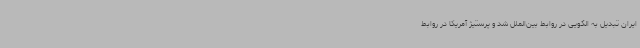
ایران تبدیل به الگویی در روابط بین‌الملل شد و پرستیژ آمریکا در روابط